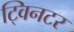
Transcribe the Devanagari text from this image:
ट्विनटर